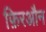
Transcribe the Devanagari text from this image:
फ़िरऔन